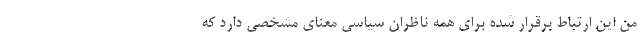
من این ارتباط برقرار شده برای همه ناظران سیاسی معنای مشخصی دارد که